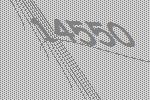
14550